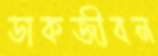
ডাকজীবন